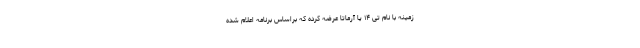
زمینه با نام تی ۱۴ یا آرماتا عرضه کرده که براساس برنامه اعلام شده